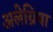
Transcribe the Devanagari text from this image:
अलेग्रिया